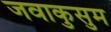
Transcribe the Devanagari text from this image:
जवाकुसुम